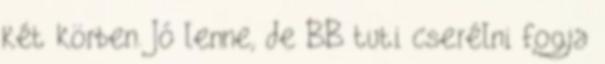
két körben. Jó lenne, de BB tuti cserélni fogja